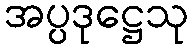
အပ္ပဒုဋ္ဌေသု